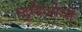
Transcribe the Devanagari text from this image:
स्टुडिओची